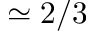
\simeq 2 / 3